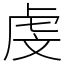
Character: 虔